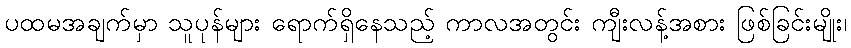
ပထမအချက်မှာ သူပုန်များ ရောက်ရှိနေသည့် ကာလအတွင်း ကျီးလန့်အစား ဖြစ်ခြင်းမျိုး၊